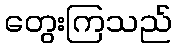
တွေးကြသည်